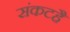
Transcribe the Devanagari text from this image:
संकटहै